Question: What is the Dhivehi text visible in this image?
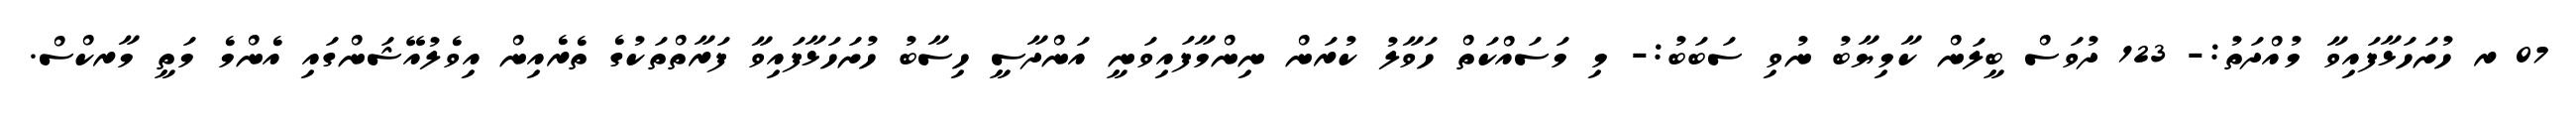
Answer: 07 ރ ހުށަހަޅާފައިވާ މުއްދަތު:- 123 ދުވަސް ބީލަން ކާމިޔާބު ނުވި ސަބަބު:- މި މަސައްކަތް ހަވާލު ކުރަން ނިންމާފައިވަނީ އަންދާސީ ހިސާބު ހުށަހަޅާފައިވާ ފަރާތްތަކުގެ ތެރެއިން އިވެލުއޭޝަންގައި އެންމެ މަތީ މާރކްސް.